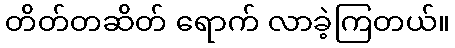
တိတ်တဆိတ် ရောက် လာခဲ့ကြတယ်။